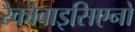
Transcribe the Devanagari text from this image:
रैकोवाइसिएनो